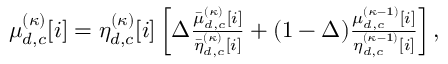
\begin{array} { r } { \mu _ { d , c } ^ { ( \kappa ) } [ i ] = \eta _ { d , c } ^ { ( \kappa ) } [ i ] \left[ { \Delta \frac { { \bar { \mu } _ { d , c } ^ { ( \kappa ) } [ i ] } } { { \bar { \eta } _ { d , c } ^ { ( \kappa ) } [ i ] } } + ( 1 - \Delta ) \frac { { \mu _ { d , c } ^ { ( \kappa - 1 ) } [ i ] } } { { \eta _ { d , c } ^ { ( \kappa - 1 ) } [ i ] } } } \right] , } \end{array}